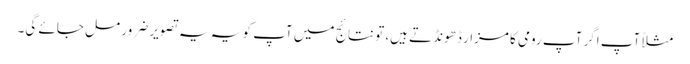
مثلاً آپ اگر آپ رومی کا مزار ڈھونڈتے ہیں، تو نتائج میں آپ کو یہ یہ تصویر ضرور مل جائے گی۔